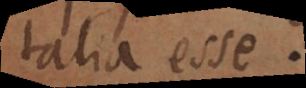
talia esse.